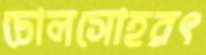
ঢোলসোহরৎ